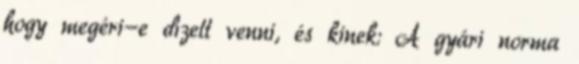
hogy megéri-e dízelt venni, és kinek: A gyári norma